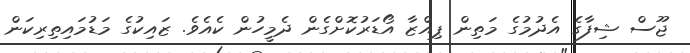
ޖޫސް ޝިފާގެ އެދުމުގެ މަތިން ޕިއްޒާ އޯޑަރުކޮށްގެން ދެމީހުން ކެއެވެ. ޒައިކުގެ މަޑުމައިތިރިކަން